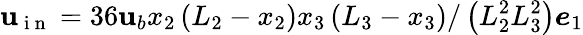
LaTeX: \boldsymbol{\mathbf{u}}_{\mathrm{{~i~n~}}}=36\mathbf{u}_{b}x_{2}\left(L_{2}-x_{2}\right)x_{3}\left(L_{3}-x_{3}\right)/\left(L_{2}^{2}L_{3}^{2}\right)\boldsymbol{e}_{1}